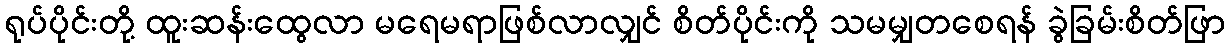
ရုပ်ပိုင်းတို့ ထူးဆန်းထွေလာ မရေမရာဖြစ်လာလျှင် စိတ်ပိုင်းကို သမမျှတစေရန် ခွဲခြမ်းစိတ်ဖြာ